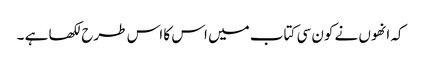
کہ انھوں نے کون سی کتاب میں اس کا اس طرح لکھا ہے ۔